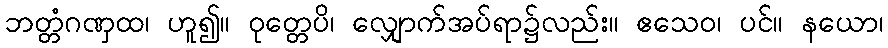
ဘတ္တံဂဏှထ၊ ဟူ၍။ ဝုတ္တေပိ၊ လျှောက်အပ်ရာ၌လည်း။ ဧသေဝ၊ ပင်။ နယော၊